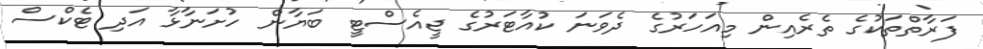
ފަރާތްތަކުގެ ތެރެއިން މިއަހަރުގެ ދެވަނަ ކުއާޓަރުގެ ޖީއެސްޓީ ބަޔާން ހުށަނާޅާ އަދި ޓެކްސް